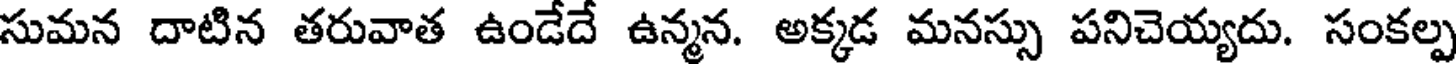
సుమన దాటిన తరువాత ఉండేదే ఉన్మన. అక్కడ మనస్సు పనిచెయ్యదు. సంకల్ప